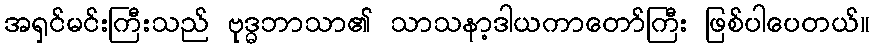
အရှင်မင်းကြီးသည် ဗုဒ္ဓဘာသာ၏ သာသနာ့ဒါယကာတော်ကြီး ဖြစ်ပါပေတယ်။